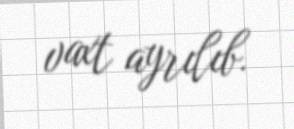
vaxt ayrılıb.